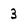
Character: 3